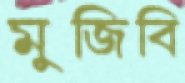
মুজিবি